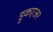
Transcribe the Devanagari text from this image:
ड्रुकएअर